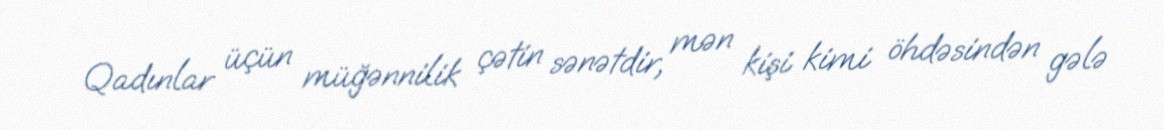
Qadınlar üçün müğənnilik çətin sənətdir, mən kişi kimi öhdəsindən gələ